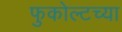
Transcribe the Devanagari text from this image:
फुकोल्टच्या